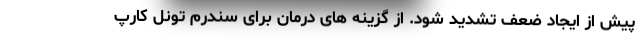
پیش از ایجاد ضعف تشدید شود. از گزینه های درمان برای سندرم تونل کارپ